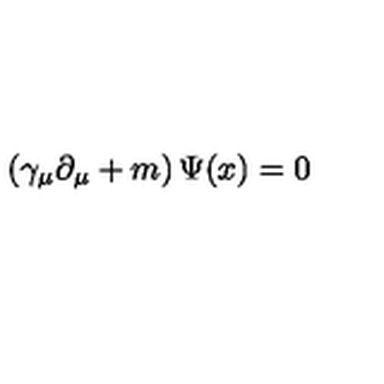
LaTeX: \left( \gamma _ { \mu } \partial _ { \mu } + m \right) \Psi ( x ) = 0